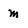
Character: m